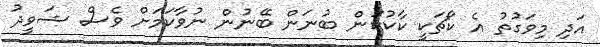
އަދި މިވަގުތު އެ ކޯޗަކީ ކާކުކަން ބުނަން ބޭނުން ނުވާކަމަށް ވެސް ޝަވީދު